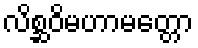
လိစ္ဆဝိမဟာမတ္တော